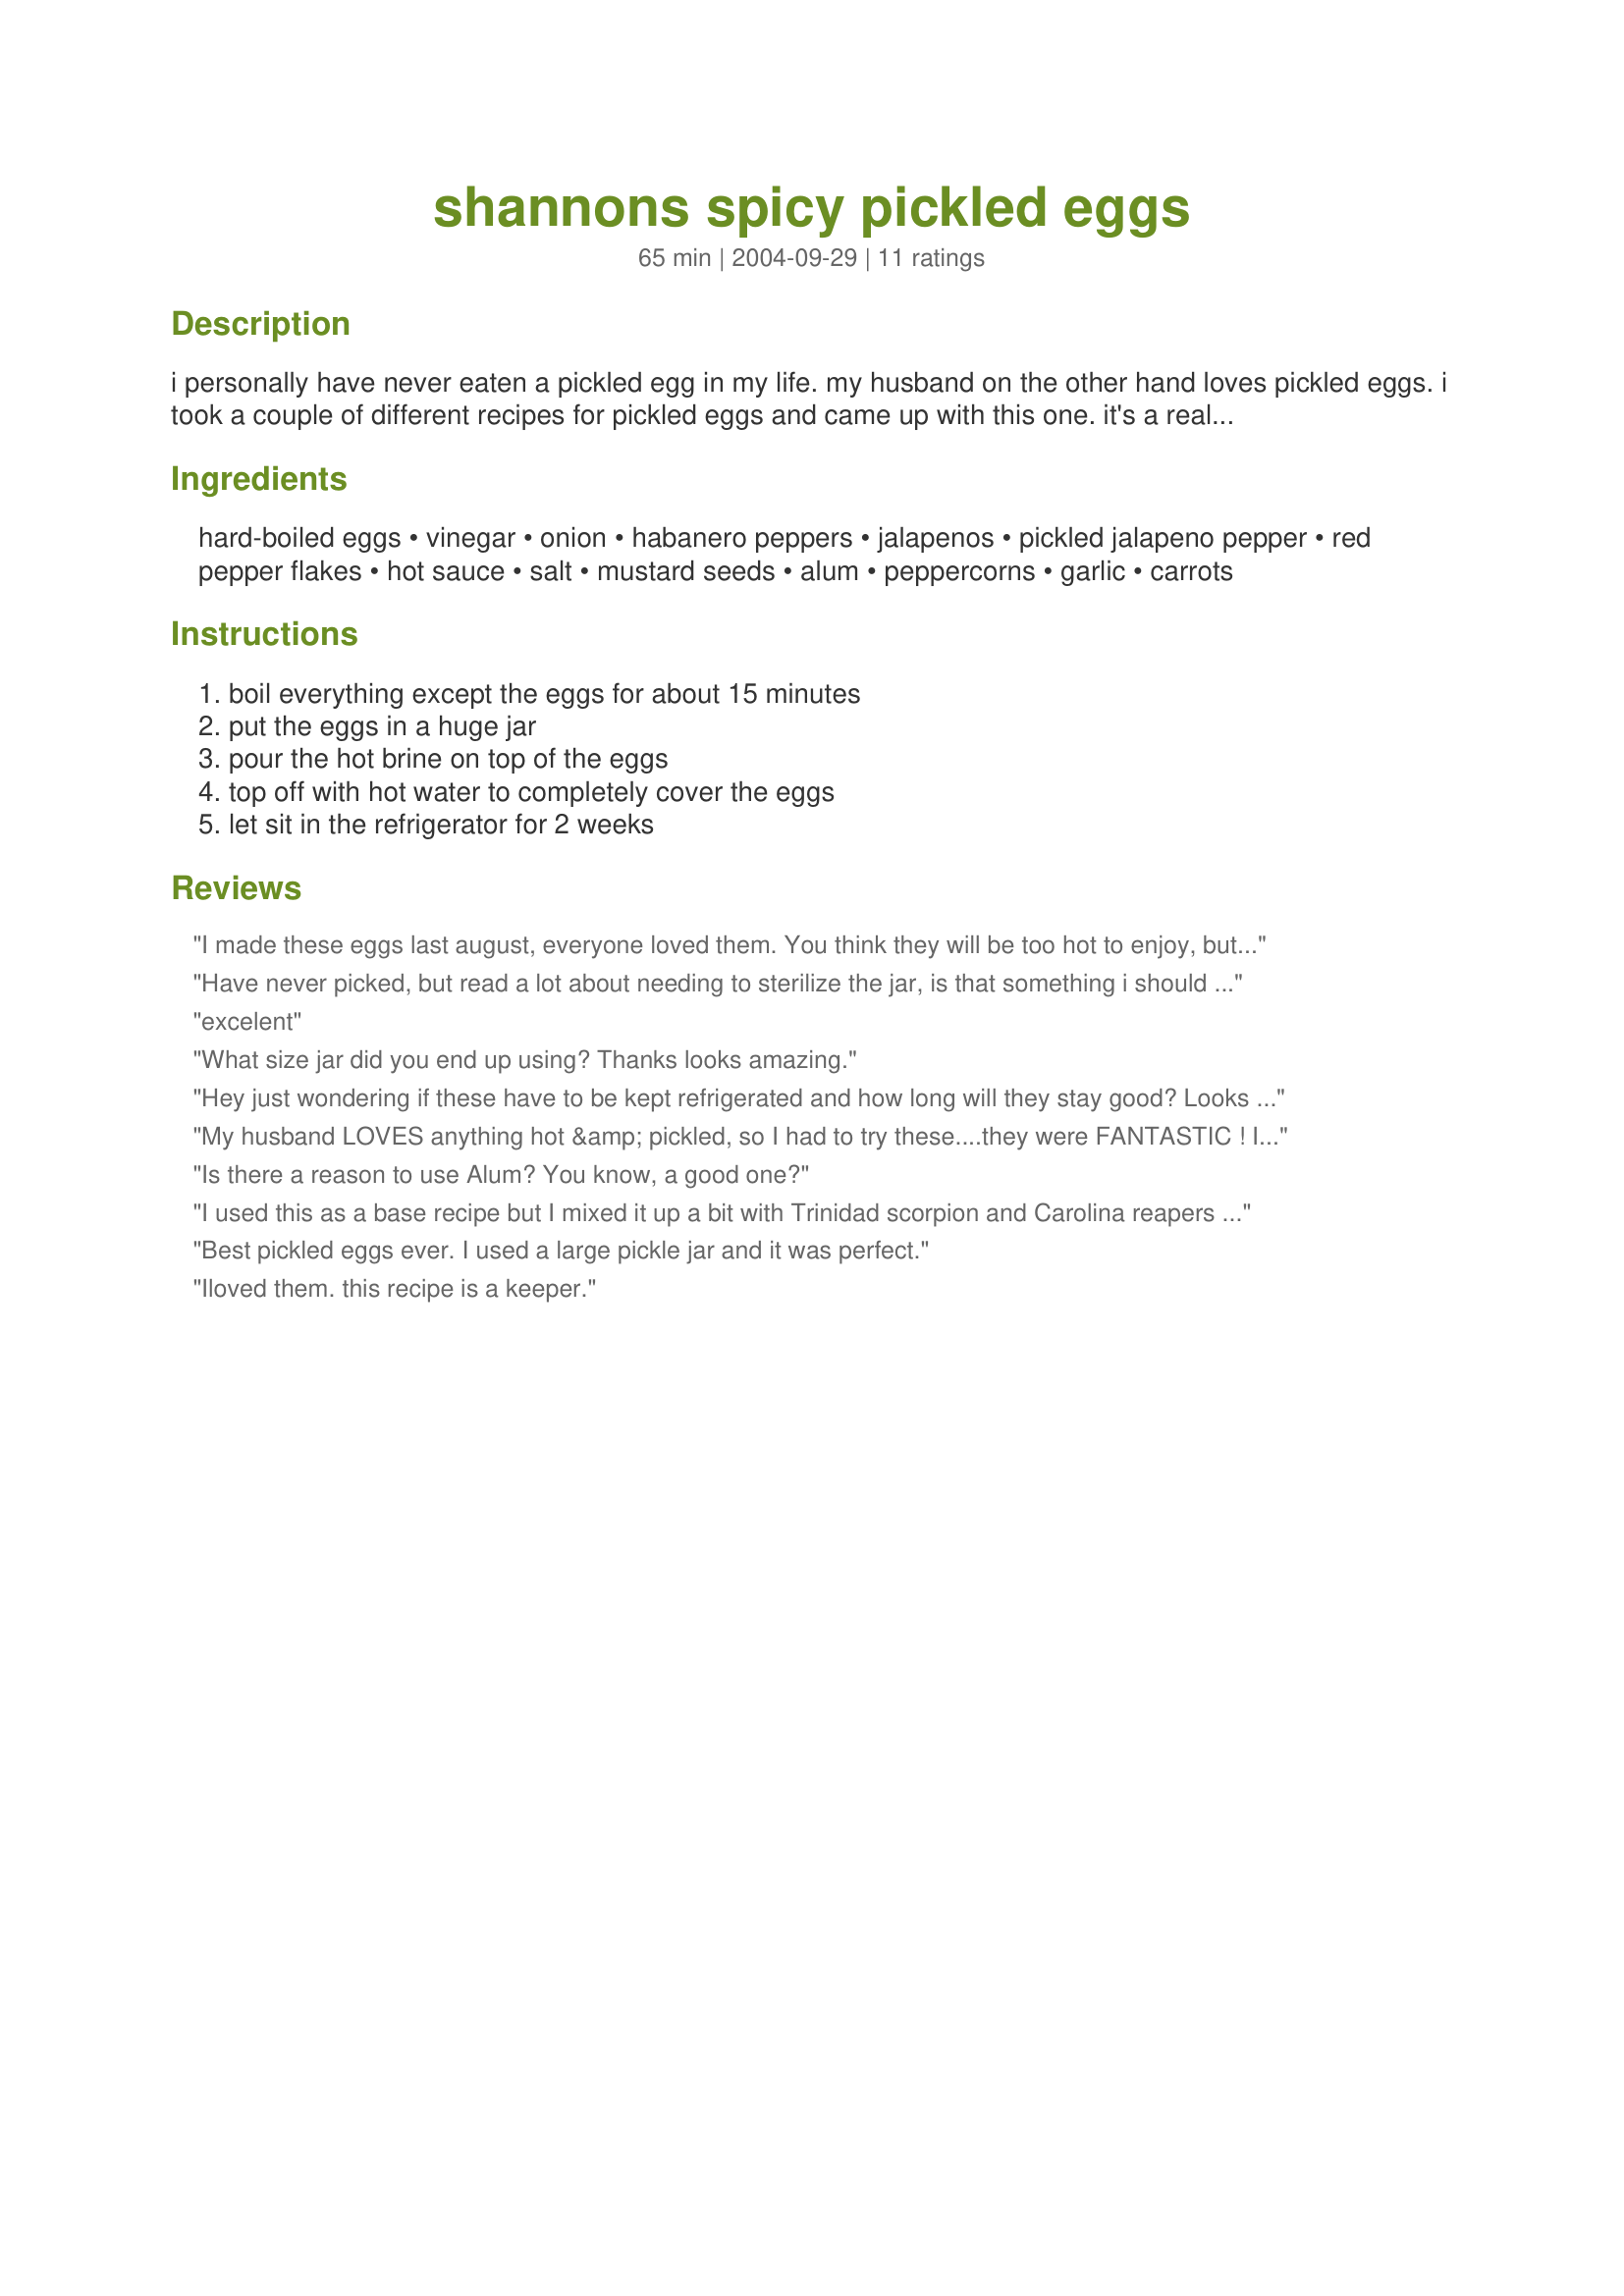
shannons spicy pickled eggs
Preparation time: 65 minutes

i personally have never eaten a pickled egg in my life. my husband on the other hand loves pickled eggs. i took a couple of different recipes for pickled eggs and came up with this one. it's a real hit with him and his family!

Ingredients:
hard-boiled eggs, vinegar, onion, habanero peppers, jalapenos, pickled jalapeno pepper, red pepper flakes, hot sauce, salt, mustard seeds, alum, peppercorns, garlic, carrots

Steps:
boil everything except the eggs for about 15 minutes, put the eggs in a huge jar, pour the hot brine on top of the eggs, top off with hot water to completely cover the eggs, let sit in the refrigerator for 2 weeks

Reviews:
I made these eggs last august, everyone loved them. You think they will be too hot to enjoy, but no. They were just spicy enough. I am fixing to make them again, we love them.
Have never picked, but read a lot about needing to sterilize the jar, is that something i should do here
excelent
What size jar did you end up using? Thanks looks amazing.
Hey just wondering if these have to be kept refrigerated and how long will they stay good? Looks like a good recipe.
My husband LOVES anything hot &amp; pickled, so I had to try these....they were FANTASTIC ! I was leery of 8 habeneros, so only put 4 in mine...will definitely add all 8 next 1000 runs, as this is our NEW fav. recipe! My sister even asked me to make her some for her Christmas present ! Great flavor , tks !
Is there a reason to use Alum? You know, a good one?
I used this as a base recipe but I mixed it up a bit with Trinidad scorpion and Carolina reapers with some additional Bhut Jolokia powder and some homemade fatali Bajan sauce to bring in a little more heat. Had one of the eggs after 2 days as a tester, but I am going to let them sit for awhile to meld. I put the eggs in the solution warm to help further the process.
Best pickled eggs ever. I used a large pickle jar and it was perfect.
Iloved them. this recipe is a keeper.
I made this recipe twice now, the first time as it was and a second time I doubled the brine; all ingredients accept the eggs. Although I've made pickled eggs before with success I've always had trouble peeling eggs. I've made five batches of pickled eggs now and finally I've been able to peel them successfully. I'm going to make them again with the addition of some dried ghost peppers. Suggestions on the number to use would be welcome, I don't want too much heat I'd prefer to gradually move to the right level of heat. Anyway as I said the second time I made this recipe I doubled the brine and got very good results. I used a 5 liter bottle, got most of the 48 eggs in the bottle. By the way I think these make the most flavorful egg salad sandwich! I've also made two batches of beet pickled eggs, they turned out very well too. Not the same taste experience very good too.
